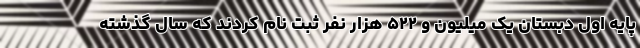
پایه اول دبستان یک میلیون و ۵۲۲ هزار نفر ثبت نام کردند که سال گذشته